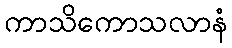
ကာသိကောသလာနံ